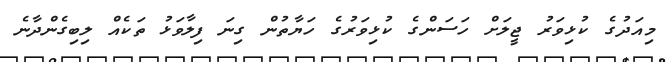
މިއަދުގެ ކުޅިވަރު ޖީލަށް ހަސަންގެ ކުޅިވަރުގެ ހަޔާތުން ގިނަ ފިލާވަޅު ތަކެއް ލިބިގެންދާނެ